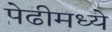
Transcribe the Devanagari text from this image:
पेढीमध्ये